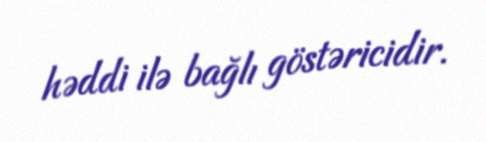
həddi ilə bağlı göstəricidir.